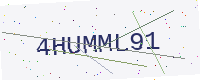
Text: 4HUMML91